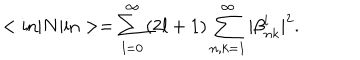
< { \mathrm { i n } } | N | { \mathrm { i n } } > = \sum _ { l = 0 } ^ { \infty } ( 2 l + 1 ) \sum _ { n , k = 1 } ^ { \infty } | \beta _ { n k } ^ { l } | ^ { 2 } .